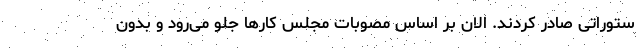
ستوراتی صادر کردند. الان بر اساس مصوبات مجلس کارها جلو می‌رود و بدون